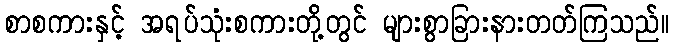
စာစကားနှင့် အရပ်သုံးစကားတို့တွင် များစွာခြားနားတတ်ကြသည်။